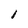
Character: 1